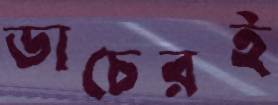
ডাচেরই